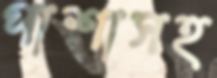
পাশাসহ